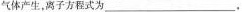
气体产生，离子方程式为___。